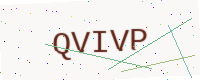
Text: QVIVP